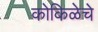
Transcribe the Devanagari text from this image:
कोकिळेचे